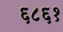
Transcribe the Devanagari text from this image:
६८६१